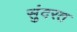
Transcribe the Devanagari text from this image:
सुंदरत